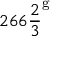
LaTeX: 2 6 6 { \frac { 2 } { 3 } } ^ { \mathrm { g } }